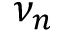
\nu _ { n }